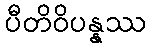
ပီတိဝိပန္နဿ